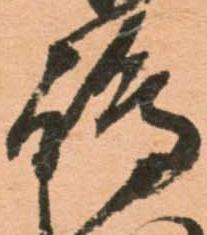
嶋